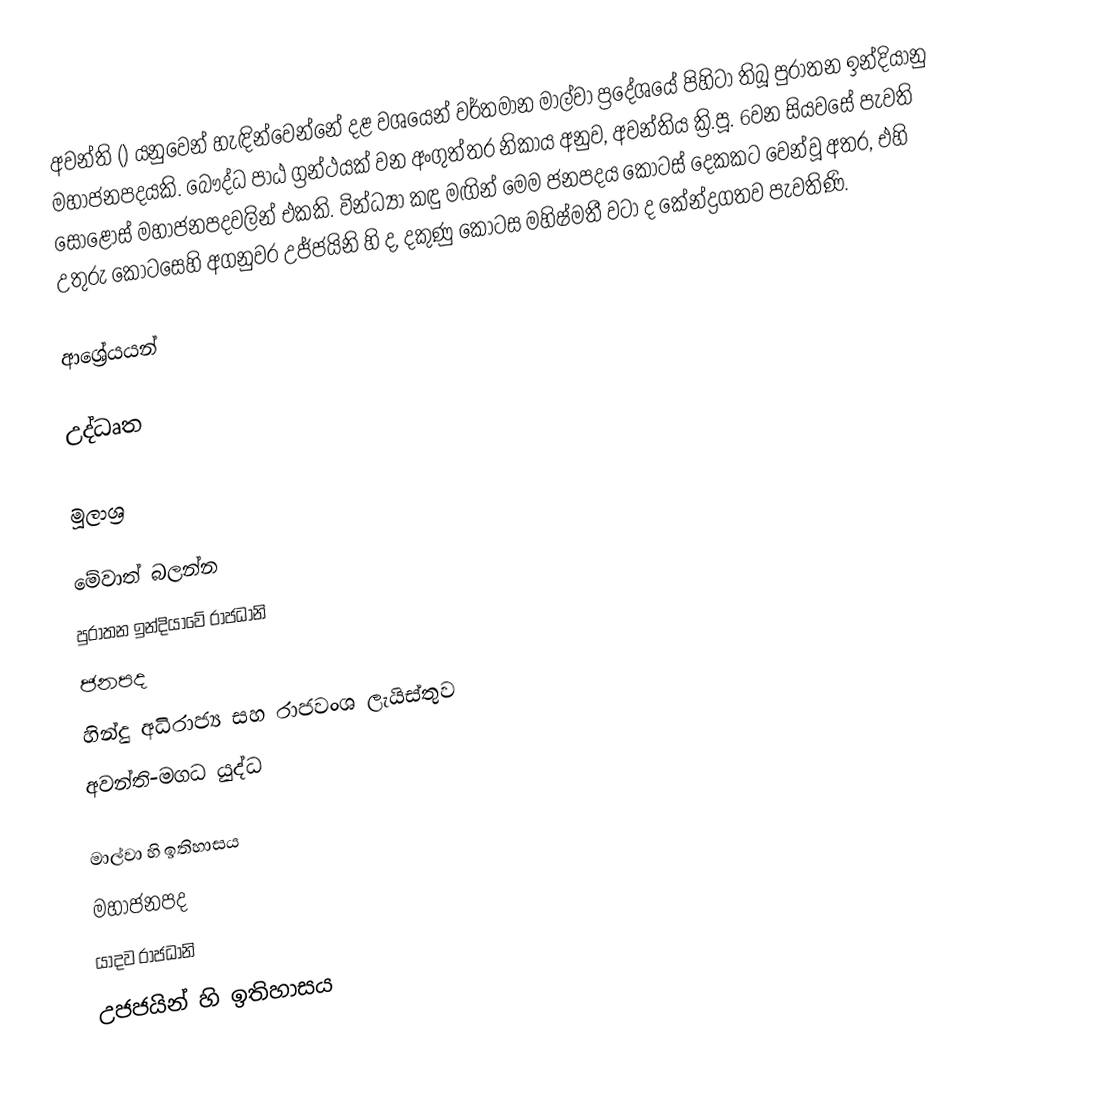
අවන්ති () යනුවෙන් හැඳින්වෙන්නේ දළ වශයෙන් වර්තමාන මාල්වා ප්‍රදේශයේ පිහිටා තිබූ පුරාතන ඉන්දියානු මහාජනපදයකි. බෞද්ධ පාඨ ග්‍රන්ථයක් වන අංගුත්තර නිකාය අනුව, අවන්තිය ක්‍රි.පූ. 6වන සියවසේ පැවති සොළොස් මහාජනපදවලින් එකකි. වින්ධ්‍යා කඳු මඟින් මෙම ජනපදය කොටස් දෙකකට වෙන්වූ අතර, එහි උතුරු කොටසෙහි අගනුවර උජ්ජයිනි හි ද, දකුණු කොටස මහිෂ්මතී වටා ද කේන්ද්‍රගතව පැවතිණි.

ආශ්‍රේයයන්

උද්ධෘත

මූලාශ්‍ර

මේවාත් බලන්න
පුරාතන ඉන්දියාවේ රාජධානි
ජනපද
හින්දු අධිරාජ්‍ය සහ රාජවංශ ලැයිස්තුව
අවන්ති-මගධ යුද්ධ

මාල්වා හි ඉතිහාසය
මහාජනපද
යාදව රාජධානි
උජජයින් හි ඉතිහාසය